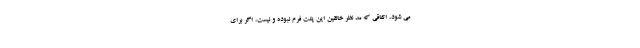
می شود، اتفاقی که مد نظر خالقین این پلت فرم نبوده و نیست، اگر برای